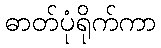
ဓာတ်ပုံရိုက်ကာ